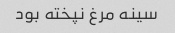
سینه مرغ نپخته بود